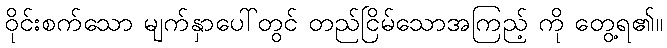
ဝိုင်းစက်သော မျက်နှာပေါ်တွင် တည်ငြိမ်သောအကြည့် ကို တွေ့ရ၏။